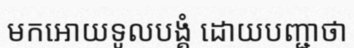
មកអោយទូលបង្គំ ដោយបញ្ជាថា